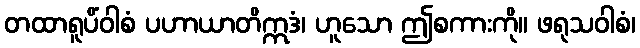
တထာရူပိံဝါစံ ပဟာယာတိဣဒံ၊ ဟူသော ဤစကားကို။ ဖရုသဝါစံ၊